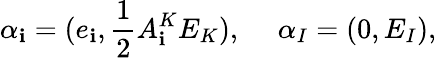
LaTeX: \alpha_{\mathbf{i}}=(e_{\mathbf{i}},{\frac{{1}}{{2}}}A_{\mathbf{i}}^{K}E_{K}),\ \ \ \ \ \alpha_{I}=(0,E_{I}),